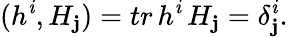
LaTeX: (h^{\mathit{i}},H_{\mathbf{j}})=tr\, h^{\mathit{i}}\, H_{\mathbf{j}}=\delta_{\mathbf{j}}^{\mathit{i}}.